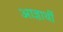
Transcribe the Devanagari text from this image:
आज्ञार्थी